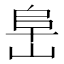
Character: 𰎧